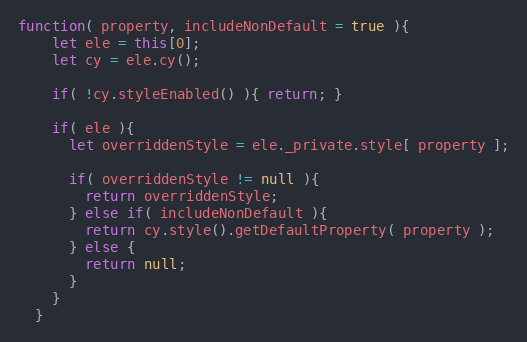
Language: JavaScript
function( property, includeNonDefault = true ){
    let ele = this[0];
    let cy = ele.cy();

    if( !cy.styleEnabled() ){ return; }

    if( ele ){
      let overriddenStyle = ele._private.style[ property ];

      if( overriddenStyle != null ){
        return overriddenStyle;
      } else if( includeNonDefault ){
        return cy.style().getDefaultProperty( property );
      } else {
        return null;
      }
    }
  }